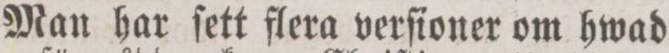
Man har ſett flera verſioner om hwad